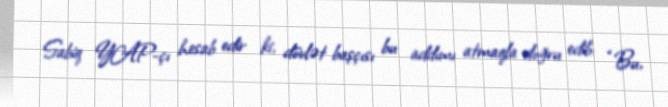
Sabiq YAP-çı hesab edir ki, dövlət başçısı bu addımı atmaqla doğru edib: “Bu,